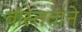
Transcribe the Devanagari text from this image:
वास्तवाने